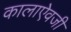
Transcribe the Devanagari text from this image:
कालाऐवजी